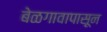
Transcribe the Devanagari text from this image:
बेळगावापासून